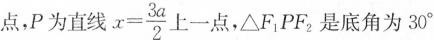
点，P为直线$$x = \frac { 3 a } { 2 }$$ 上一点，△F_{1}PF_{2}，是底角为30°